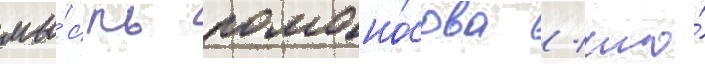
мы́сль ломоно́сова / что́